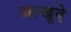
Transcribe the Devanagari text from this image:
अल्खूवे